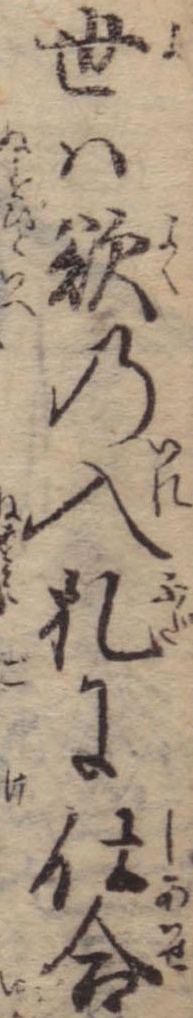
世は欲の入札に仕合